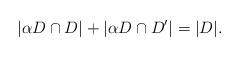
LaTeX: \begin{align*}|\alpha D\cap D|+|\alpha D\cap D'|=|D|.\end{align*}